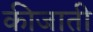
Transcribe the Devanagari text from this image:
कीजाती